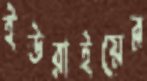
ইউরাইয়ের